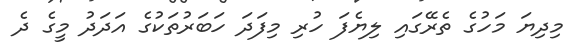
މިދިޔަ މަހުގެ ތެރޭގައި ލިޔެފަ ހުރި މިފަދަ ހަބަރުތަކުގެ އަދަދު މީގެ ދެ